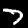
Label: 7